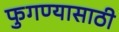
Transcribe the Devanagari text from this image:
फुगण्यासाठी